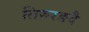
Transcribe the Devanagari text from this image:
तिरुरङदै